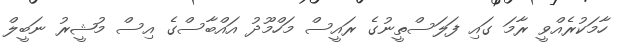
ހާމަކުރެއްވީ ރާމަ ގައި ފަލަސްތީނުގެ ރައީސް މަހްމޫދު އައްބާސްގެ އިސް މުޝީރު ނަބީލް